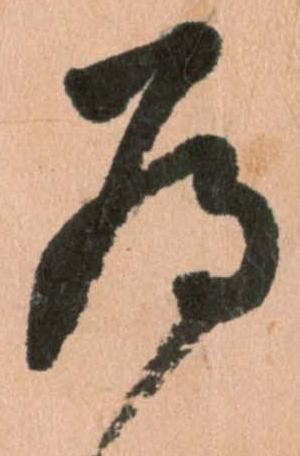
為